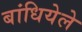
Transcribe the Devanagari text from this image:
बांधियेले